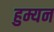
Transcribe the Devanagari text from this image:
हुम्यन